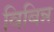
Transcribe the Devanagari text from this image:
विबिन्न